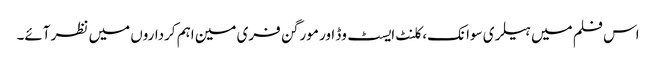
اس فلم میں ہیلری سوانک، کلنٹ ایسٹ وڈ اور مورگن فری مین اہم کرداروں میں نظر آئے۔